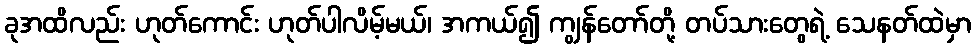
ခုအထိလည်း ဟုတ်ကောင်း ဟုတ်ပါလိမ့်မယ်၊ အကယ်၍ ကျွန်တော်တို့ တပ်သားတွေရဲ့ သေနတ်ထဲမှာ